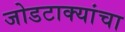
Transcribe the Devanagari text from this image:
जोडटाक्यांचा